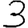
Digit: 3